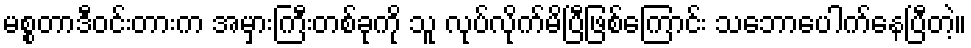
မစ္စတာဒီဝင်းတားက အမှားကြီးတစ်ခုကို သူ လုပ်လိုက်မိပြီဖြစ်ကြောင်း သဘောပေါက်နေပြီတဲ့။